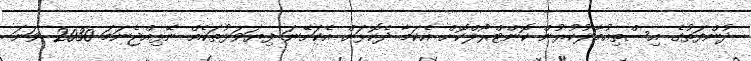
ދުންފަތުގެ އިސްތިއުމާލުކުރުން ކޮންޓްރޯލްކޮށް އެކަމާ ދެކޮޅަށް އެކަށޭނަ ފިޔަވަޅުތަކެއް ނޭޅިއްޖެނަމަ 2030 ވަނަ